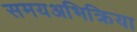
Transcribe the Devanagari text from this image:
समयअभिक्रिया